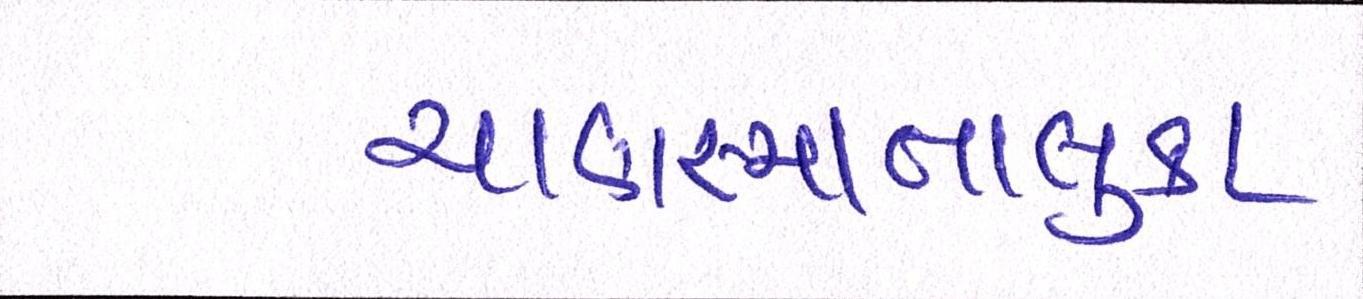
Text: ચાણસ્માતાલુકા